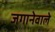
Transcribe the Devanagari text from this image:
जगानेवाले